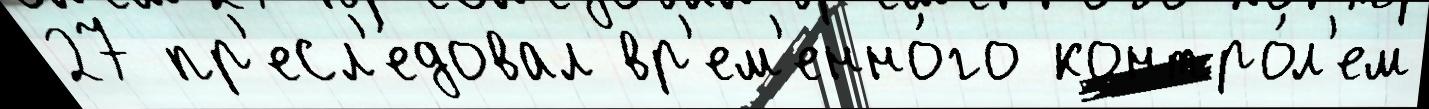
27 пр'есл'е́довал вр'ем'енно́го контро́л'ем